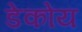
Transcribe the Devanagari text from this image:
डेकोय